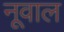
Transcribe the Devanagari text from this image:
नूवाल